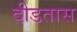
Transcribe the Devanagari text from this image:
दीडतास